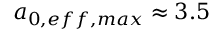
a _ { 0 , e f f , m a x } \approx 3 . 5